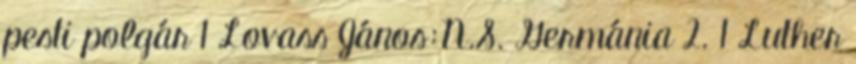
pesti polgár 1 Lovass János:N.S. Germánia 2. 1 Luther